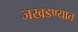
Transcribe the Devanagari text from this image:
जखडण्यात